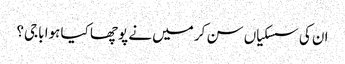
ان کی سسکیاں سن کر میں نے پوچھا کیا ہوا باجی؟